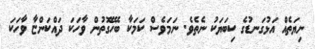
ނިޔަތެއް އަޅުގަނޑުގެ ކިބަޔަކު ނެތެވެ. ނަމަވެސް ކަމަކާ ބެހޭގޮތުން ވާހަކަ ދައްކަންޏާ ވާހަކަ